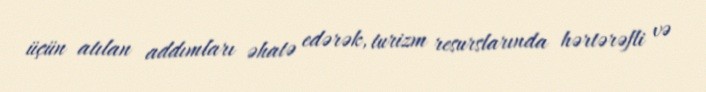
üçün atılan addımları əhatə edərək, turizm resurslarında hərtərəfli və